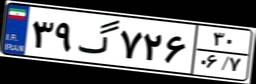
۳۹گ۷۲۶۳۰